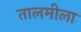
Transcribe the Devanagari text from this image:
तालमीला